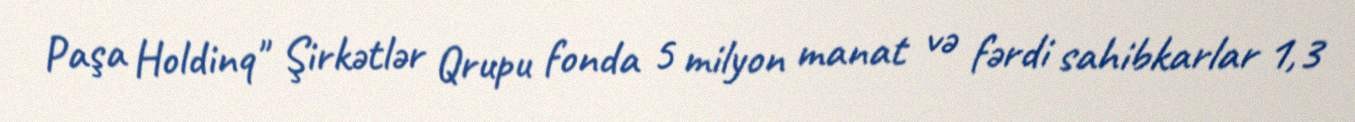
Paşa Holdinq" Şirkətlər Qrupu fonda 5 milyon manat və fərdi sahibkarlar 1,3